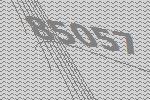
85057